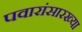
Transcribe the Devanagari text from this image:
पवारांसारख्या